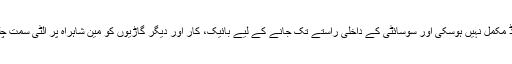
سروس روڈ مکمل نہیں ہوسکی اور سوسائٹی کے داخلی راستے تک جانے کے لیے بائیک، کار اور دیگر گاڑیوں کو مین شاہراہ پر اُلٹی سمت چلنا پڑتا ہے۔